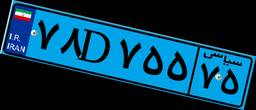
۹۶D۰۹۷۹۷